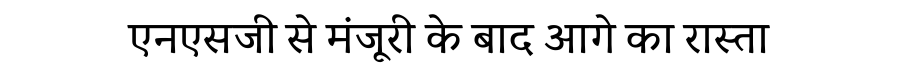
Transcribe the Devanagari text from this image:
एनएसजी से मंजूरी के बाद आगे का रास्ता